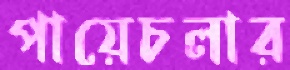
পায়েচলার